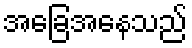
အခြေအနေသည်